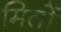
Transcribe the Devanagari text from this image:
मितों